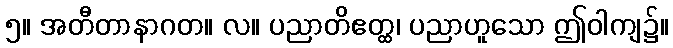
၅။ အတီတာနာဂတ။ လ။ ပညာတိဧတ္ထ၊ ပညာဟူသော ဤဝါကျ၌။